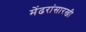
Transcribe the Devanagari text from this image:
मेंढरांसारखी